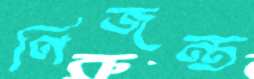
ণিজন্ত